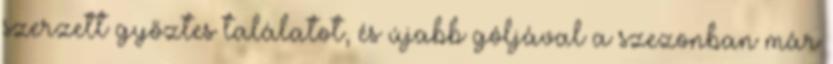
szerzett győztes találatot, és újabb góljával a szezonban már